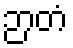
ဉာတံ